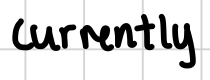
Text: currently
Cross-out: clean
Writing tool: digital_black